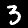
Label: 3